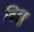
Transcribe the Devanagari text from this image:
बिडङ्ग